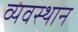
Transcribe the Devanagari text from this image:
व्यवस्थान